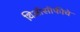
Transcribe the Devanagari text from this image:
थिऑसॉफीचे